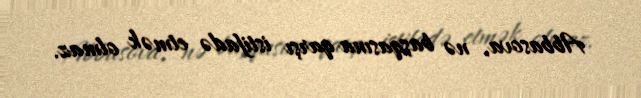
Abbasova, nə başqasına qarşı istifadə etmək olmaz.